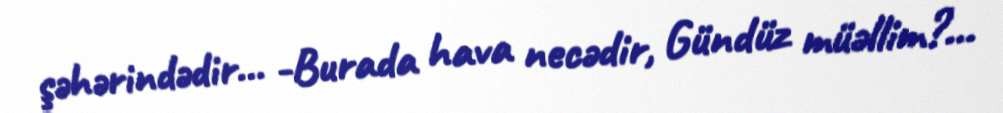
şəhərindədir… -Burada hava necədir, Gündüz müəllim?...